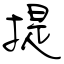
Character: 提